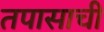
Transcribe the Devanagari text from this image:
तपासाची